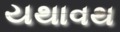
યથાવથ